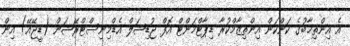
އެ އިންތިޚާބުގެ ކަންކަން އިންތިޒާމްކުރާ ޑިޕާޓްމަންޓް އޮފް ޖުޑިޝަލް އެޑްމިނިސްޓްރޭޝަން (ޑީޖޭއޭ) އިން